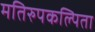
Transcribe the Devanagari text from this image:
मतिरुपकल्पिता